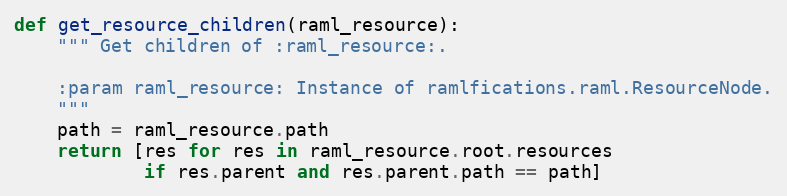
Language: Python
def get_resource_children(raml_resource):
    """ Get children of :raml_resource:.

    :param raml_resource: Instance of ramlfications.raml.ResourceNode.
    """
    path = raml_resource.path
    return [res for res in raml_resource.root.resources
            if res.parent and res.parent.path == path]